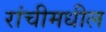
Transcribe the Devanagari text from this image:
रांचीमधील